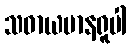
သဓာယမာနရူပါ